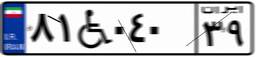
۸۱W۰۴۰۳۹